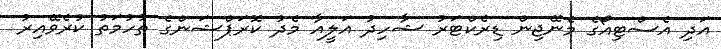
އަދި އެސްޓިއޯގެ މެނޭޖިން ޑިރެކްޓަރު ޝާހިދު އަލީއާ މެދު ކޮރަޕްޝަންގެ ތުހުމަތު ކުރެވޭއިރު